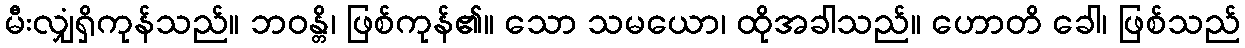
မီးလျှံရှိကုန်သည်။ ဘဝန္တိ၊ ဖြစ်ကုန်၏။ သော သမယော၊ ထိုအခါသည်။ ဟောတိ ခေါ၊ ဖြစ်သည်